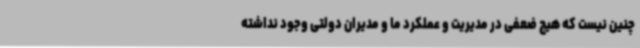
چنین نیست که هیچ ضعفی در مدیریت و عملکرد ما و مدیران دولتی وجود نداشته